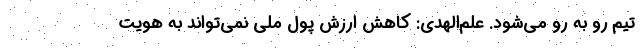
تیم رو به رو می‌شود. علم‌الهدی: کاهش ارزش پول ملی نمی‌تواند به هویت